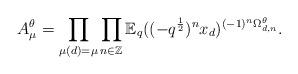
LaTeX: \begin{align*}A_{\mu}^{\theta } = \prod_{\mu(d) = \mu } \prod_{n \in \mathbb{Z}} \mathbb{E}_q((-q^{\frac{1}{2}})^n x_d)^{(-1)^n \Omega_{d,n}^{\theta}}.\end{align*}